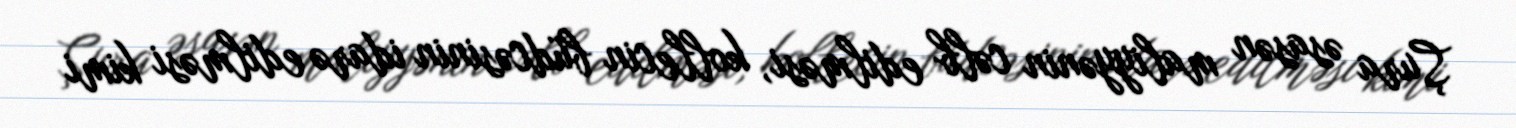
Şura əsasən maliyyənin cəlb edilməsi, kollecin büdcəsinin idarə edilməsi kimi